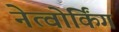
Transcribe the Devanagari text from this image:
नेत्वोर्किंग